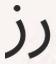
رز